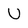
Character: U